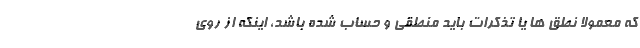
که معمولا نطق ها یا تذکرات باید منطقی و حساب شده باشد، اینکه از روی